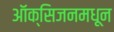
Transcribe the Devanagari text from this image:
ऑक्सिजनमधून